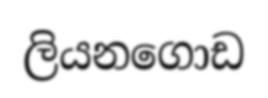
ලියනගොඩ